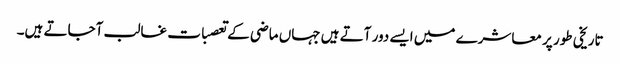
تاریخی طور پر معاشرے میں ایسے دور آتے ہیں جہاں ماضی کے تعصبات غالب آجاتے ہیں۔